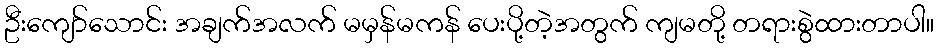
ဦးကျော်သောင်း အချက်အလက် မမှန်မကန် ပေးပို့တဲ့အတွက် ကျမတို့ တရားစွဲထားတာပါ။